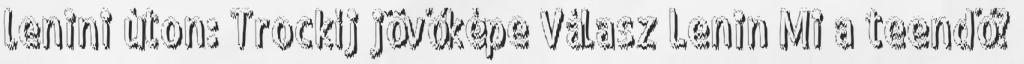
lenini úton: Trockíj jövőképe Válasz Lenin Mi a teendő?